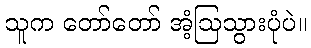
သူက တော်တော် အံ့ဩသွားပုံပဲ။